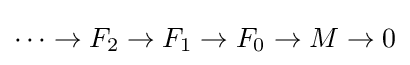
\cdots \to F_{2}\to F_{1}\to F_{0}\to M\to 0